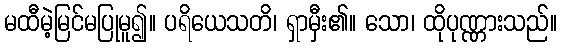
မထီမဲ့မြင်မပြုမူ၍။ ပရိယေသတိ၊ ရှာမှီး၏။ သော၊ ထိုပုဏ္ဏားသည်။